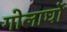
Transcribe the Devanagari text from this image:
गोलार्घो